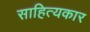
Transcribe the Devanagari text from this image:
साहित्‍यकार